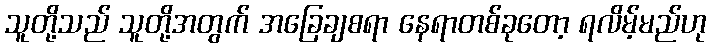
သူတို့သည် သူတို့အတွက် အခြေချစရာ နေရာတစ်ခုတော့ ရလိမ့်မည်ဟု